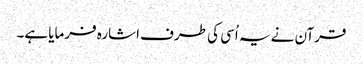
قرآن نے یہ اُسی کی طرف اشارہ فرمایا ہے۔